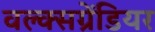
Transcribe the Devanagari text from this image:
वल्क्सग्रेंडियर